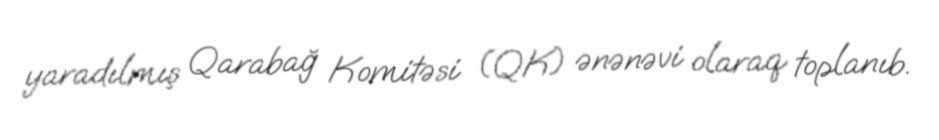
yaradılmış Qarabağ Komitəsi (QK) ənənəvi olaraq toplanıb.